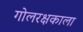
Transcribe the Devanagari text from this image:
गोलरक्षकाला